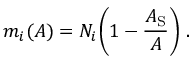
m _ { i } ( A ) = N _ { i } \Biggl ( 1 - \frac { A _ { \mathrm { S } } } { A } \Biggr ) ~ .